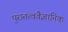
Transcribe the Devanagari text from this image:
पुरातत्ववैज्ञानिक